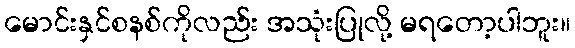
မောင်းနှင်စနစ်ကိုလည်း အသုံးပြုလို့ မရတော့ပါဘူး။